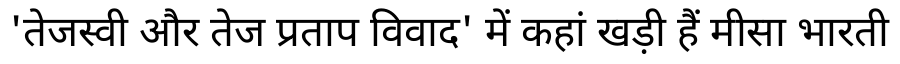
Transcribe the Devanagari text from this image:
'तेजस्वी और तेज प्रताप विवाद' में कहां खड़ी हैं मीसा भारती